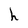
Character: h